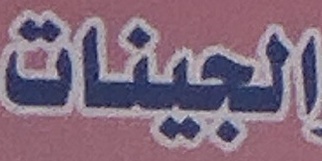
الجینات